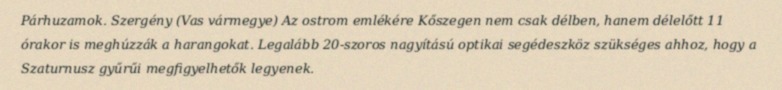
Párhuzamok. Szergény (Vas vármegye) Az ostrom emlékére Kőszegen nem csak délben, hanem délelőtt 11 órakor is meghúzzák a harangokat. Legalább 20-szoros nagyítású optikai segédeszköz szükséges ahhoz, hogy a Szaturnusz gyűrűi megfigyelhetők legyenek.